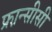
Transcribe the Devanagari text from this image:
फ्रा़न्सीसी